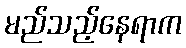
မည်သည့်နေရာက